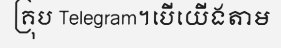
គ្រុប Telegram។បើយើងតាម